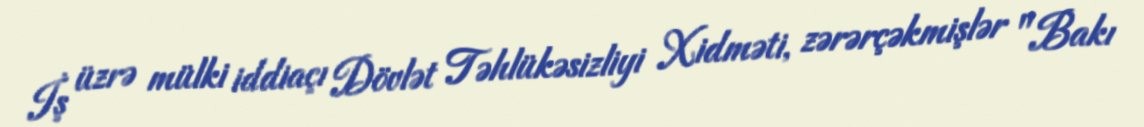
İş üzrə mülki iddiaçı Dövlət Təhlükəsizliyi Xidməti, zərərçəkmişlər "Bakı